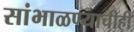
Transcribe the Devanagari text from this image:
सांभाळण्याचीही